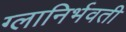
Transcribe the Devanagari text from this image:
ग्लानिर्भवती